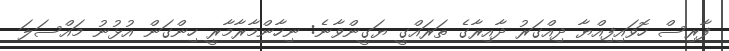
ފާރިސް ހޮވައިފިއްޔާ ދިއްގަރު ދާއިރާގެ ތަރައްގީ ޔަގީންވާނެ: ނިހާންމާރާމާރީ ހިންގަން އުޅުނު މައްސަލަ